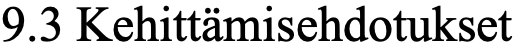
9.3 Kehittämisehdotukset